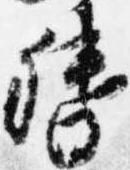
督